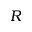
R